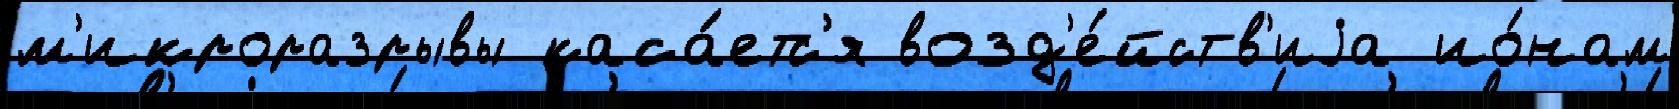
м'икроразрывы каса́етс'я возд'е́йств'иjа ио́нам